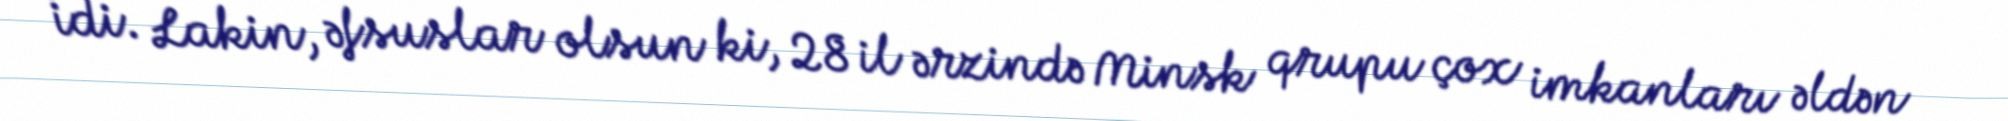
idi. Lakin, əfsuslar olsun ki, 28 il ərzində Minsk qrupu çox imkanları əldən